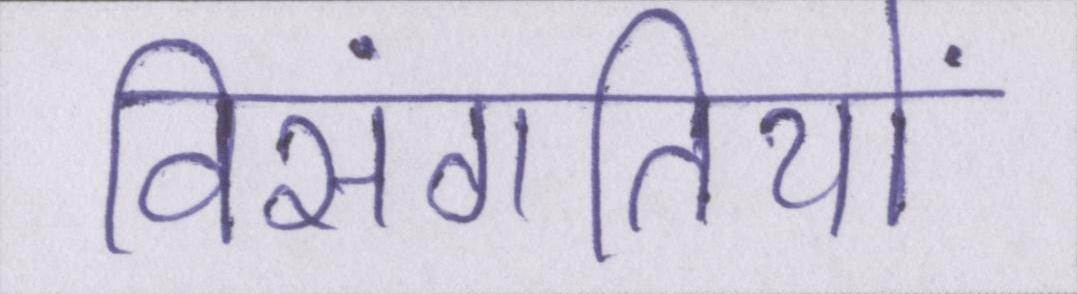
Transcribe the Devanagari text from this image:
विसंगतियों